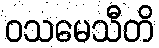
ဝသမေသီတိ